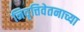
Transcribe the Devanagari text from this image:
निवृत्तिवेतनाच्या